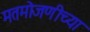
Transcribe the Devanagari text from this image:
मतमोजणीच्या